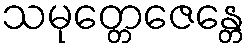
သမုတ္တေဇေန္တေ